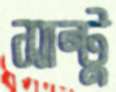
সান্টু